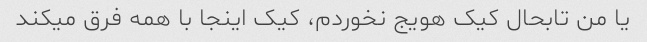
یا من تابحال کیک هویج نخوردم، کیک اینجا با همه فرق میکند